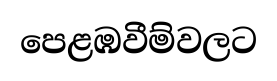
පෙළඹවීම්වලට